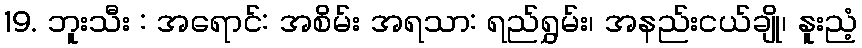
19. ဘူးသီး : အရောင်: အစိမ်း အရသာ: ရည်ရွှမ်း၊ အနည်းငယ်ချို၊ နူးညံ့